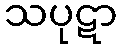
သပုဋာ